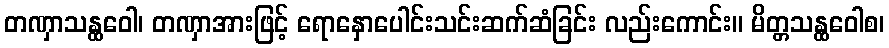
တဏှာသန္ထဝေါ၊ တဏှာအားဖြင့် ရောနှောပေါင်းသင်းဆက်ဆံခြင်း လည်းကောင်း။ မိတ္တသန္ထဝေါစ၊